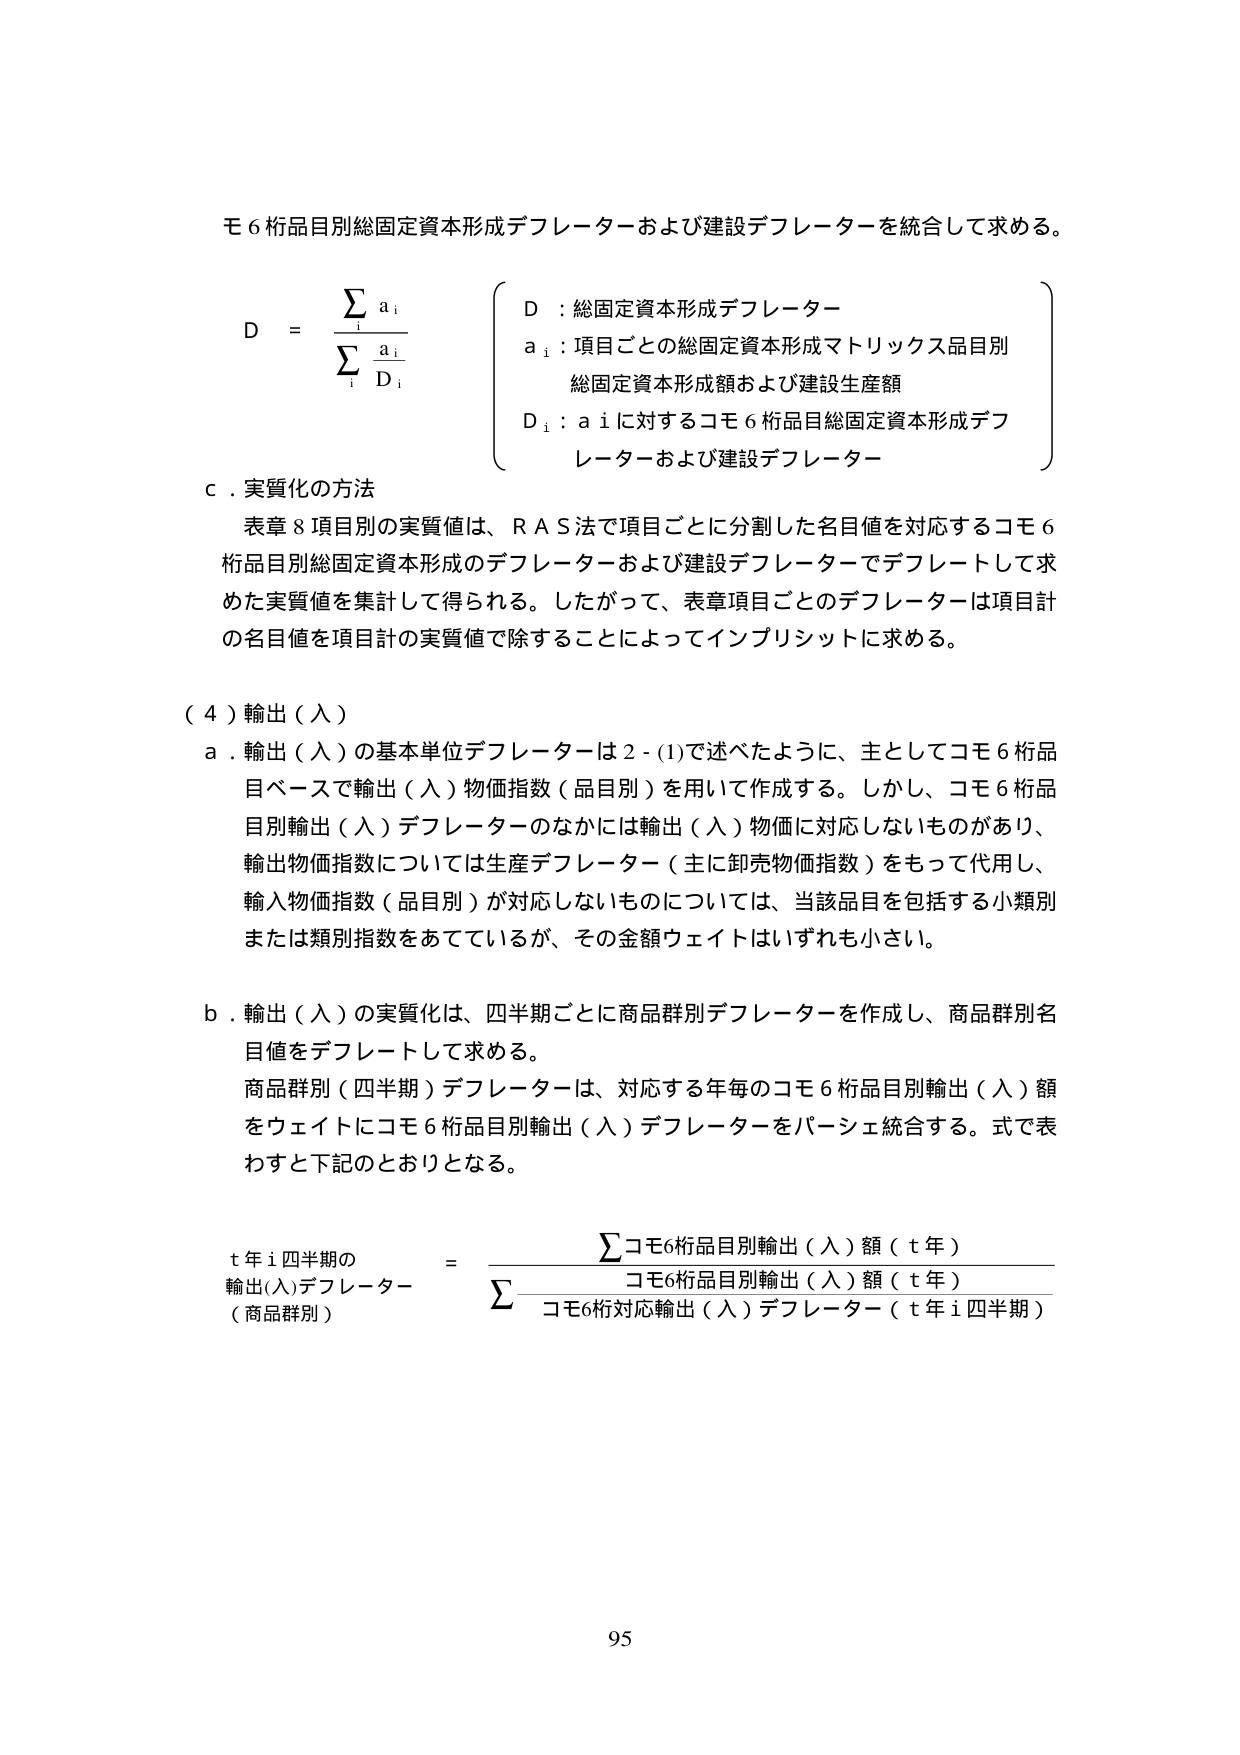
モ6桁品目別総固定資本形成デフレーターおよび建設デフレーターを統合して求める。

D = Σ a_i / Σ (a_i / D_i)

D : 総固定資本形成デフレーター
a_i : 項目ごとの総固定資本形成マトリックス品目別
　　総固定資本形成額および建設生産額
D_i : a_i に対するコモ6桁品目総固定資本形成デフレーターおよび建設デフレーター

c．実質化の方法
表章8項目別の実質値は、RAS法で項目ごとに分割した名目値を対応するコモ6桁品目別総固定資本形成のデフレーターおよび建設デフレーターでデフレートして求めた実質値を集計して得られる。したがって、表章項目ごとのデフレーターは項目計の名目値を項目計の実質値で除することによってインプリシットに求める。

（4）輸出（入）
a．輸出（入）の基本単位デフレーターは2-(1)で述べたように、主としてコモ6桁品目ベースで輸出（入）物価指数（品目別）を用いて作成する。しかし、コモ6桁品目別輸出（入）デフレーターのなかには輸出（入）物価に対応しないものがあり、輸出物価指数については生産デフレーター（主に卸売物価指数）をもって代用し、輸入物価指数（品目別）が対応しないものについては、当該品目を包括する小類別または類別指数をあてているが、その金額ウェイトはいずれも小さい。

b．輸出（入）の実質化は、四半期ごとに商品群別デフレーターを作成し、商品群別名目値をデフレートして求める。
商品群別（四半期）デフレーターは、対応する年毎のコモ6桁品目別輸出（入）額をウェイトにコモ6桁品目別輸出（入）デフレーターをパーシェ統合する。式で表わすと下記のとおりとなる。

t年i四半期の
輸出(入)デフレーター
（商品群別）
= Σ [コモ6桁品目別輸出（入）額（t年） × コモ6桁品目別輸出（入）デフレーター（t年i四半期）] / Σ [コモ6桁品目別輸出（入）額（t年）]

95